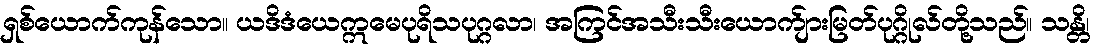
ရှစ်ယောက်ကုန်သော။ ယဒိဒံယေဣမေပုရိသပုဂ္ဂလာ၊ အကြင်အသီးသီးယောက်ျားမြတ်ပုဂ္ဂိုလ်တို့သည်။ သန္တိ၊